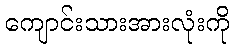
ကျောင်းသားအားလုံးကို